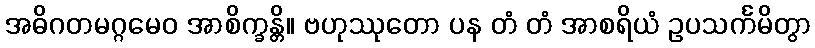
အဓိဂတမဂ္ဂမေဝ အာစိက္ခန္တိ။ ဗဟုဿုတော ပန တံ တံ အာစရိယံ ဥပသင်္ကမိတွာ